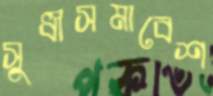
সুধীসমাবেশ